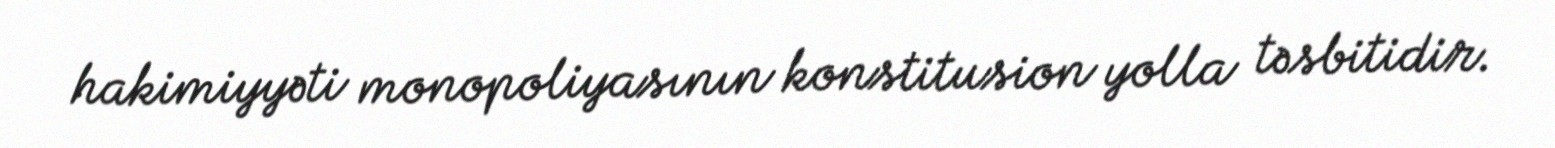
hakimiyyəti monopoliyasının konstitusion yolla təsbitidir.